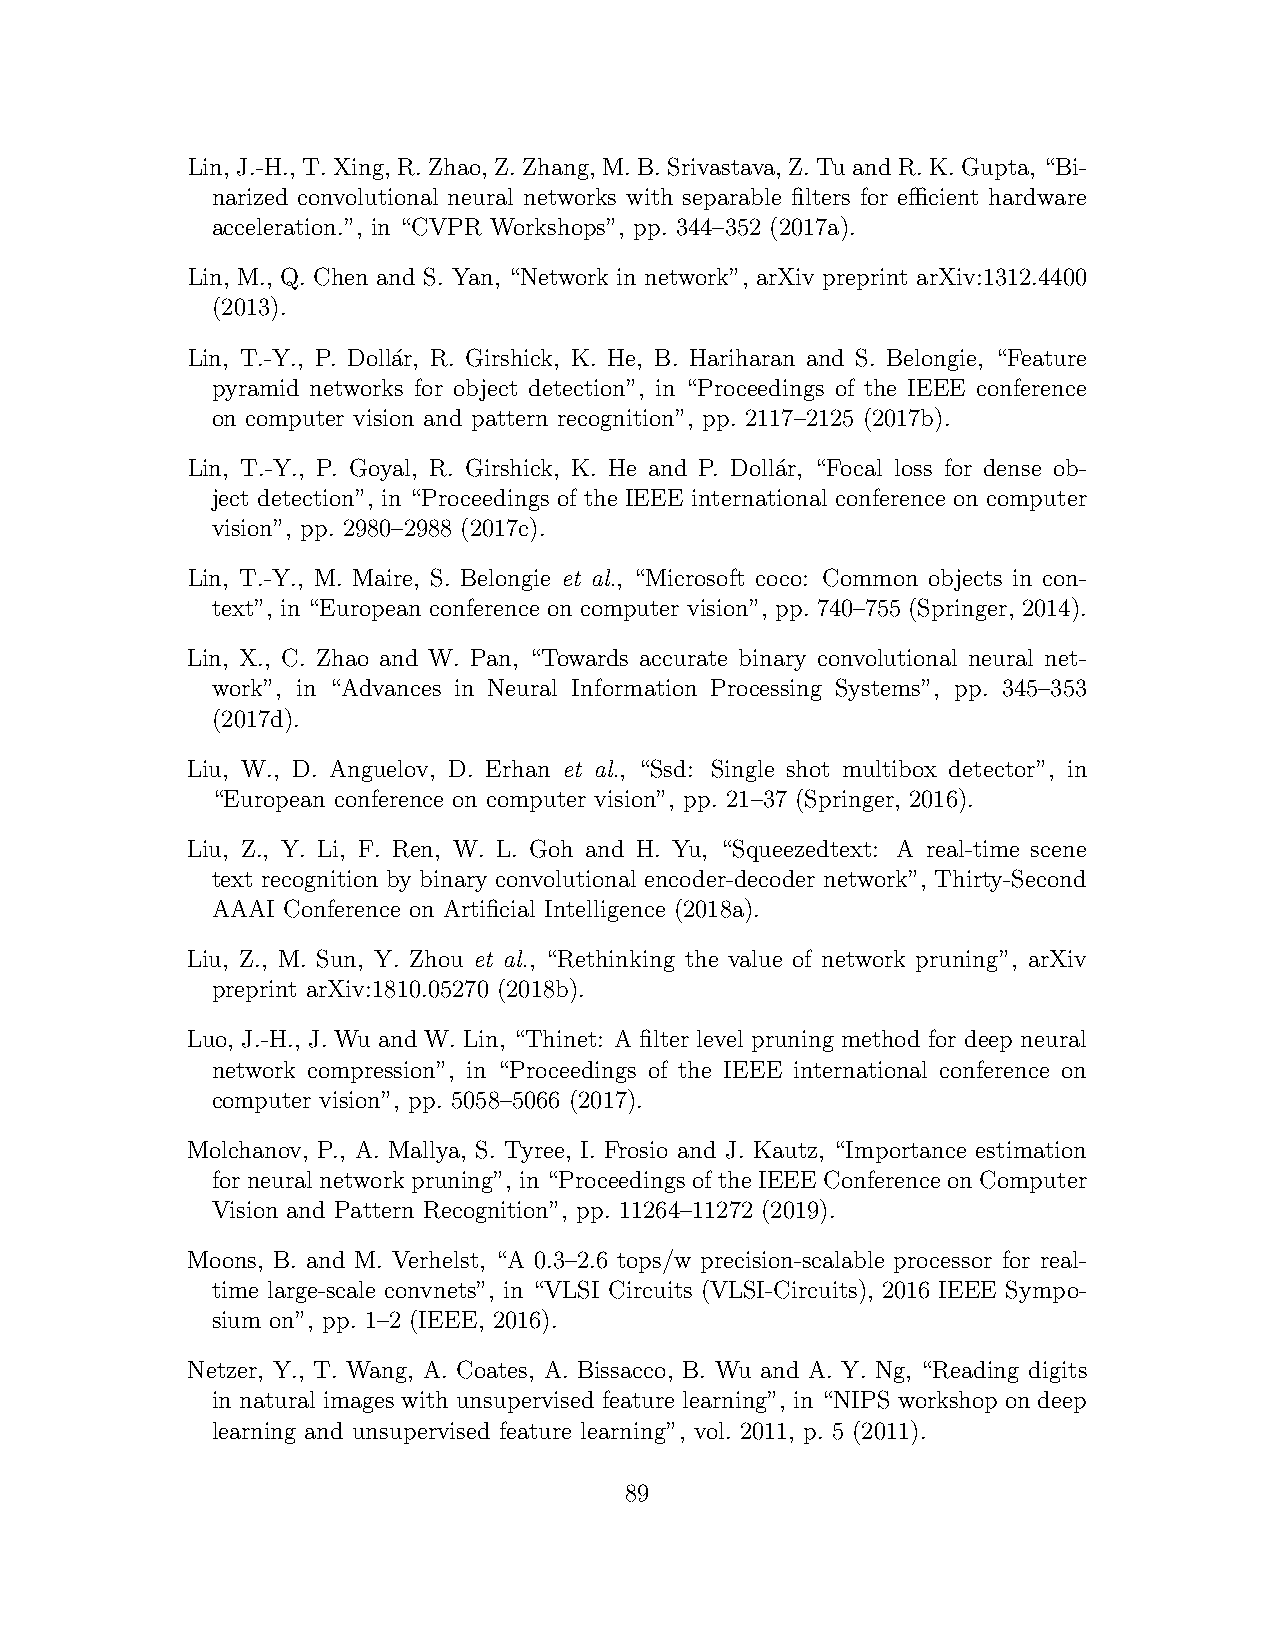
Lin, J.-H., T. Xing, R. Zhao, Z. Zhang, M. B. Srivastava, Z. Tu and R. K. Gupta, “Bi-
 narized convolutional neural networks with separable filters for efficient hardware
 acceleration.”, in “CVPR Workshops”, pp. 344–352 (2017a).
 Lin, M., Q. Chen and S. Yan, “Network in network”, arXiv preprint arXiv:1312.4400
 (2013).
 Lin, T.-Y., P. Doll´ar, R. Girshick, K. He, B. Hariharan and S. Belongie, “Feature
 pyramid networks for object detection”, in “Proceedings of the IEEE conference
 on computer vision and pattern recognition”, pp. 2117–2125 (2017b).
 Lin, T.-Y., P. Goyal, R. Girshick, K. He and P. Dolla´r, “Focal loss for dense ob-
 ject detection”, in “Proceedings of the IEEE international conference on computer
 vision”, pp. 2980–2988 (2017c).
 Lin, T.-Y., M. Maire, S. Belongie et al., “Microsoft coco: Common objects in con-
 text”, in “European conference on computer vision”, pp. 740–755 (Springer, 2014).
 Lin, X., C. Zhao and W. Pan, “Towards accurate binary convolutional neural net-
 work”, in “Advances in Neural Information Processing Systems”, pp. 345–353
 (2017d).
 Liu, W., D. Anguelov, D. Erhan et al., “Ssd: Single shot multibox detector”, in
 “European conference on computer vision”, pp. 21–37 (Springer, 2016).
 Liu, Z., Y. Li, F. Ren, W. L. Goh and H. Yu, “Squeezedtext: A real-time scene
 text recognition by binary convolutional encoder-decoder network”, Thirty-Second
 AAAI Conference on Artificial Intelligence (2018a).
 Liu, Z., M. Sun, Y. Zhou et al., “Rethinking the value of network pruning”, arXiv
 preprint arXiv:1810.05270 (2018b).
 Luo, J.-H., J. Wu and W. Lin, “Thinet: A filter level pruning method for deep neural
 network compression”, in “Proceedings of the IEEE international conference on
 computer vision”, pp. 5058–5066 (2017).
 Molchanov, P., A. Mallya, S. Tyree, I. Frosio and J. Kautz, “Importance estimation
 for neural network pruning”, in “Proceedings of the IEEE Conference on Computer
 Vision and Pattern Recognition”, pp. 11264–11272 (2019).
 Moons, B. and M. Verhelst, “A 0.3–2.6 tops/w precision-scalable processor for real-
 time large-scale convnets”, in “VLSI Circuits (VLSI-Circuits), 2016 IEEE Sympo-
 sium on”, pp. 1–2 (IEEE, 2016).
 Netzer, Y., T. Wang, A. Coates, A. Bissacco, B. Wu and A. Y. Ng, “Reading digits
 in natural images with unsupervised feature learning”, in “NIPS workshop on deep
 learning and unsupervised feature learning”, vol. 2011, p. 5 (2011).
 89